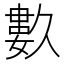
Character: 𱍿